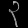
Digit: ၃